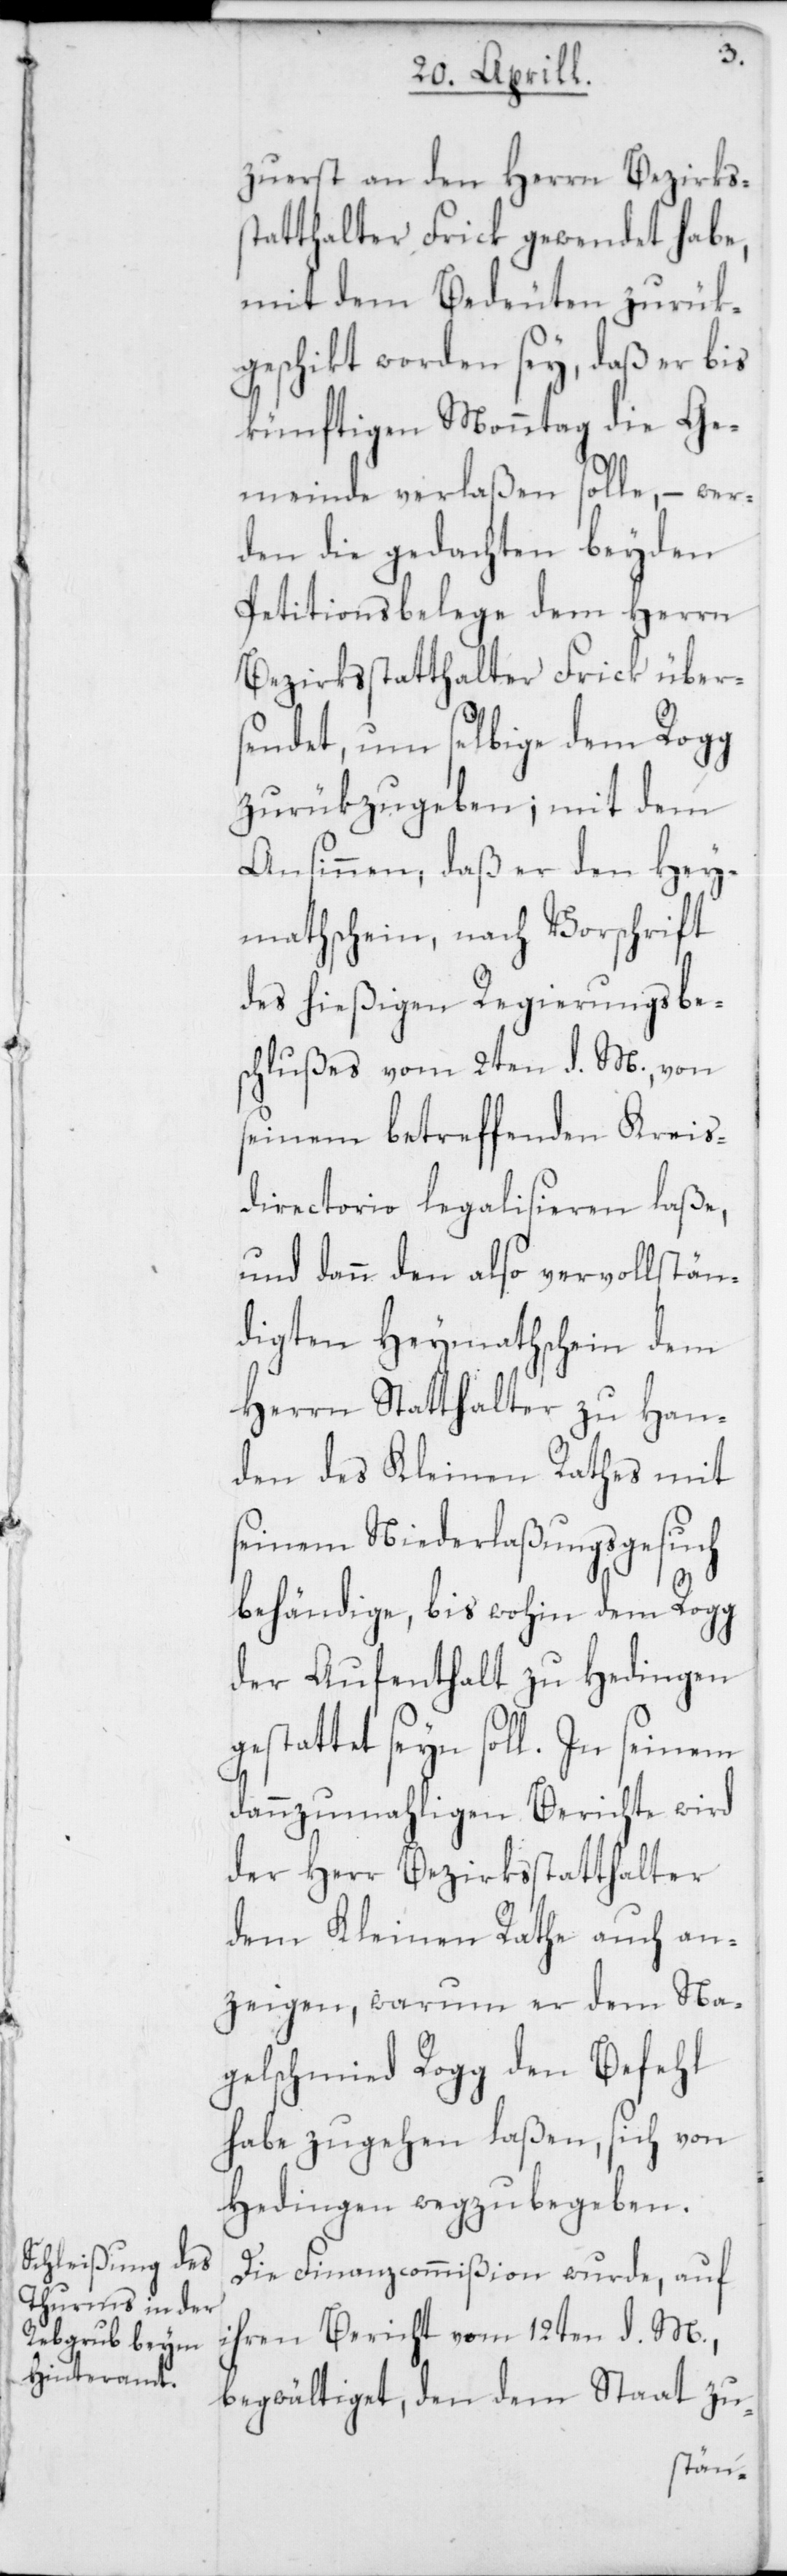
zuerst an den Herrn Bezirkss¬
tatthalter Frick gewendet habe,
mit dem Bedeuten zurük¬
geschickt worden sey, daß er bis
künftigen Monntag die Ge¬
meinde verlaßen solle, – wer¬
den die gedachten beyden
Petitionsbelege dem Herrn
Bezirksstatthalter Frick über¬
sendet, um selbige dem Rogg
zurükzugeben; mit dem
Ansinnen, daß er den Hey¬
mathschein, nach Vorschrift
des hießigen Regierungsbe¬
schlußes vom 2ten d. M., von
seinem betreffenden Kreis¬
directorio legalisieren laße,
und dann den also vervollstän¬
digten Heymathschein dem
Herrn Statthalter zu Han¬
den des Kleinen Rathes mit
seinem Niederlaßungsgesuch
g¬
behändige, bis wohin dem Rogg
der Aufenthalt zu Hedingen
estattet seyn soll. In seinem
dannzumahligen Berichte wird
der Herr Bezirksstatthalter
dem Kleinen Rathe auch an¬
zeigen, warum er dem Na¬
gelschmied Rogg den Befehl
habe zugehen laßen, sich von
Hedingen wegzubegeben.
Die Finanzcommißion wurde, auf
ihren Bericht vom 12ten d. M.,
begwältiget, den dem Staat zu-